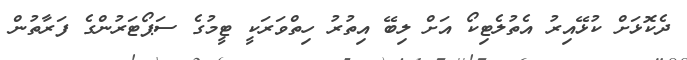
ދެކޮޅަށް ކުޅޭއިރު އެތުލެޓިކޯ އަށް ލިބޭ އިތުރު ހިތްވަރަކީ ޓީމުގެ ސަޕޯޓަރުންގެ ފަރާތުން